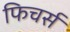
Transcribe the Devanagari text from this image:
फिचर्स